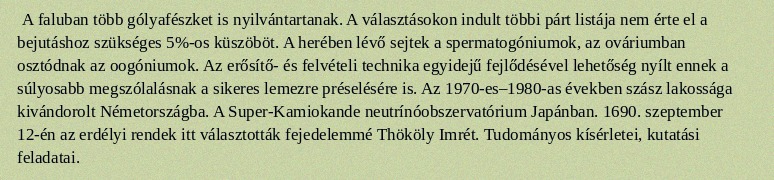
A faluban több gólyafészket is nyilvántartanak. A választásokon indult többi párt listája nem érte el a bejutáshoz szükséges 5%-os küszöböt. A herében lévő sejtek a spermatogóniumok, az ováriumban osztódnak az oogóniumok. Az erősítő- és felvételi technika egyidejű fejlődésével lehetőség nyílt ennek a súlyosabb megszólalásnak a sikeres lemezre préselésére is. Az 1970-es–1980-as években szász lakossága kivándorolt Németországba. A Super-Kamiokande neutrínóobszervatórium Japánban. 1690. szeptember 12-én az erdélyi rendek itt választották fejedelemmé Thököly Imrét. Tudományos kísérletei, kutatási feladatai.